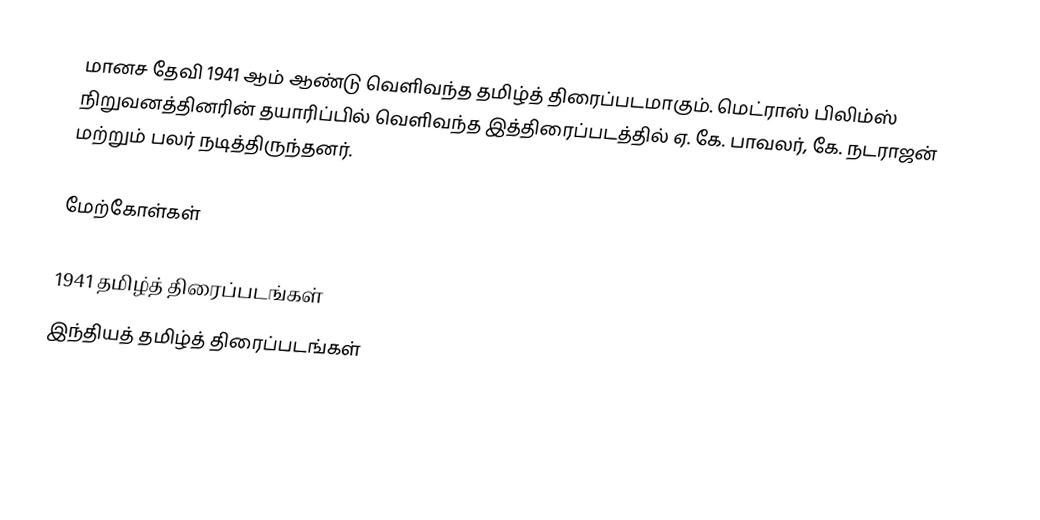
மானச தேவி 1941 ஆம் ஆண்டு வெளிவந்த தமிழ்த் திரைப்படமாகும். மெட்ராஸ் பிலிம்ஸ் நிறுவனத்தினரின் தயாரிப்பில் வெளிவந்த இத்திரைப்படத்தில் ஏ. கே. பாவலர், கே. நடராஜன் மற்றும் பலர் நடித்திருந்தனர்.

மேற்கோள்கள்

1941 தமிழ்த் திரைப்படங்கள்
இந்தியத் தமிழ்த் திரைப்படங்கள்